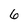
Character: 6